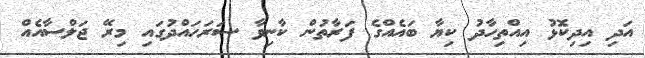
އަދި އިދިކޮޅު އިއްތިހާދު ކިޔާ ބައެއްގެ ފަރާތުން ކާނިވާ ސަރަހައްދުގައި މިރޭ ޖަލްސާއެއް